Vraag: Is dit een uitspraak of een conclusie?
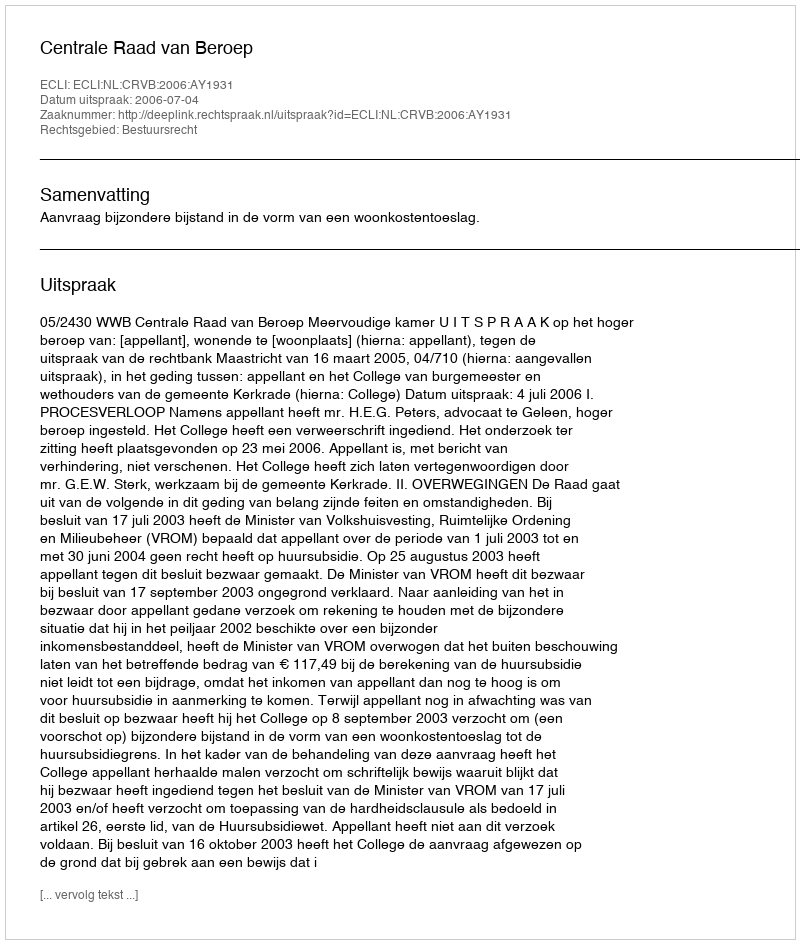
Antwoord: Uitspraak